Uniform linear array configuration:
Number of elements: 16
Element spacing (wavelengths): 0.5
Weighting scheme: uniform
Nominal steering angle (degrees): -15
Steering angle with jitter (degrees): -13.913
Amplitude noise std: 0.05
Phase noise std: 0.05

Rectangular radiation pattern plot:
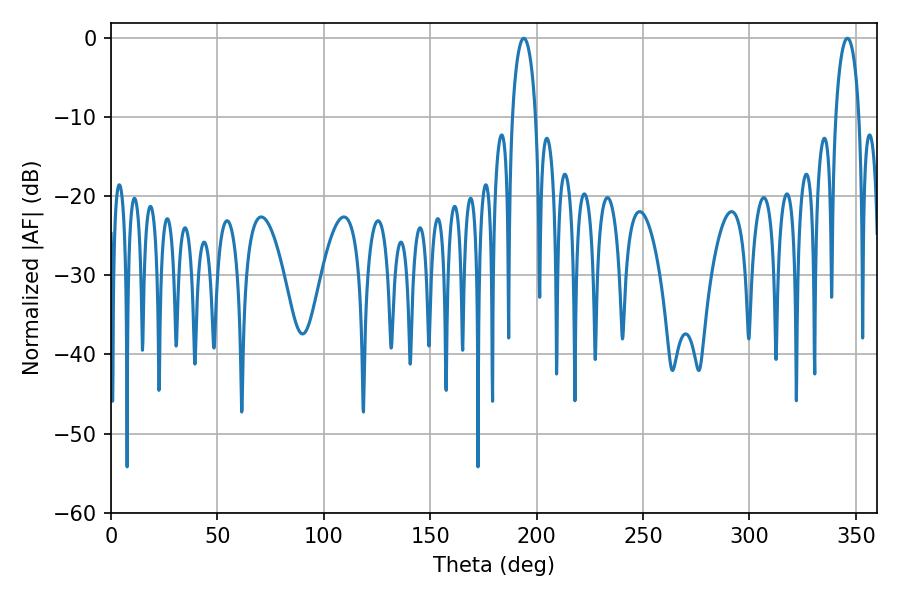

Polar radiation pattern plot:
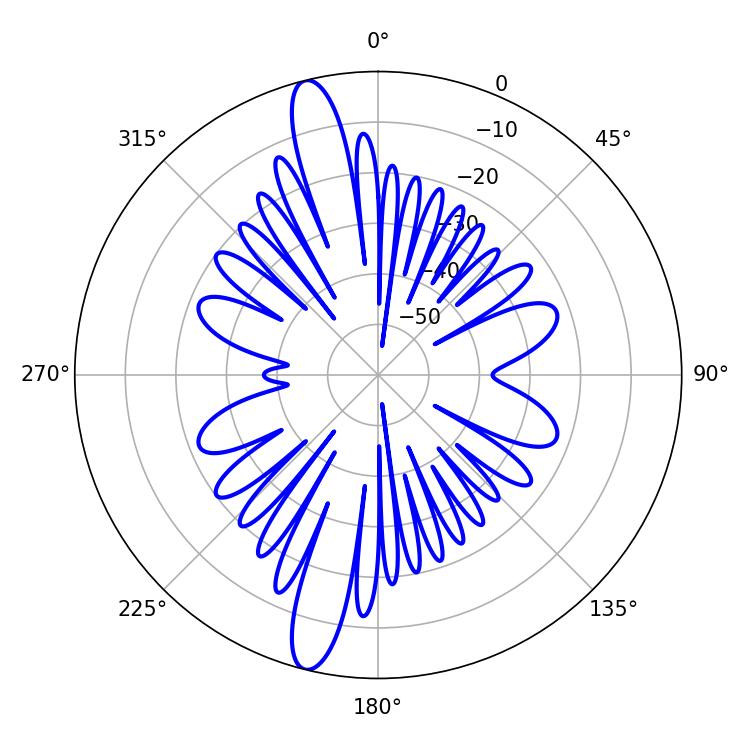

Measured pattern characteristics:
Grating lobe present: FALSE
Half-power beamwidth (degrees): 6.3
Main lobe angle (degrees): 194.04